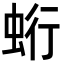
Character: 𧊽